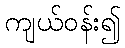
ကျယ်ဝန်း၍